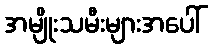
အမျိုးသမီးများအပေါ်